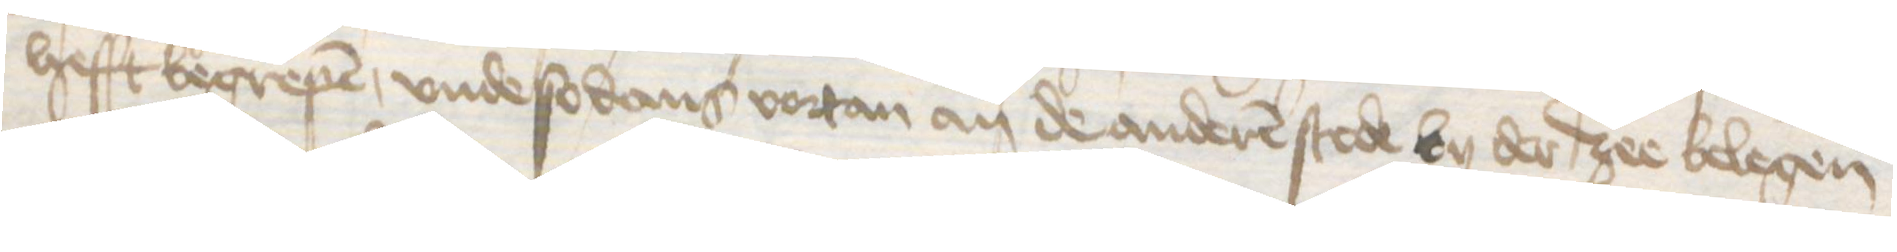
hefft begrepen, vnde so dans vortan an de anderen stede by der zee belegen